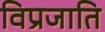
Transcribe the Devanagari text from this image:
विप्रजाति